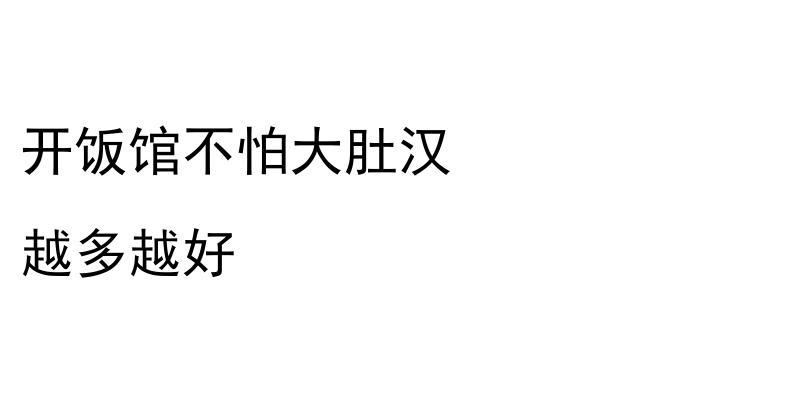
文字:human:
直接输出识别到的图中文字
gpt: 开饭馆不怕大肚汉 越多越好